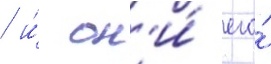
/ и́ он'и́ его́